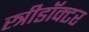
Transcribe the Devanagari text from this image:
स्त्रीडॉक्टर